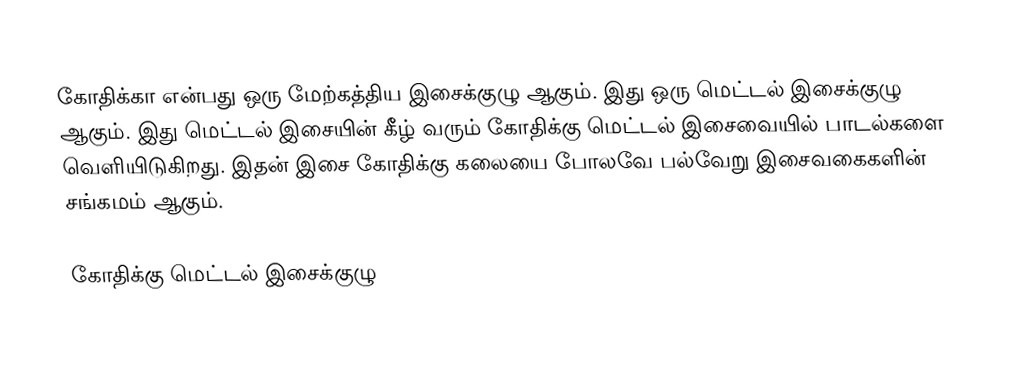
கோதிக்கா என்பது ஒரு மேற்கத்திய இசைக்குழு ஆகும். இது ஒரு மெட்டல் இசைக்குழு ஆகும். இது மெட்டல் இசையின் கீழ் வரும் கோதிக்கு மெட்டல் இசைவையில் பாடல்களை வெளியிடுகிறது. இதன் இசை கோதிக்கு கலையை போலவே பல்வேறு இசைவகைகளின் சங்கமம் ஆகும்.

கோதிக்கு மெட்டல் இசைக்குழு